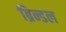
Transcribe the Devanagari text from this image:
ब्रिन्डल